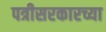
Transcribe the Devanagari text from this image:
पत्रीसरकारच्या